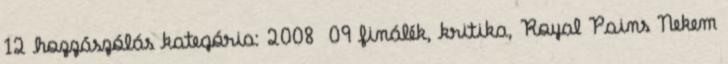
12 hozzászólás kategória: 2008 09 finálék, kritika, Royal Pains Nekem